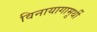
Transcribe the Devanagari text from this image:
विनायागामूर्थी